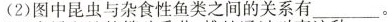
(2)图中昆虫与杂食性鱼类之间的关系有 ___。